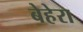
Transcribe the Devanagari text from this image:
बेहेरा